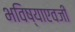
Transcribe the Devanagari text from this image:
भविष्याएवजी